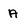
Character: A